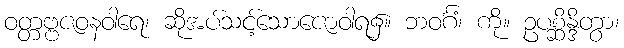
ဝတ္တဗ္ဗဇဝနဝါရေ၊ ဆိုအပ်သင့်သောဇောဝါရ၌။ ဘဝင်္ဂံ၊ ကို။ ဥပစ္ဆိန္ဒိတွာ၊